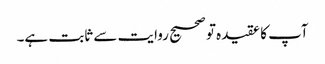
آپ کا عقیدہ تو صحیح روایت سے ثابت ہے۔